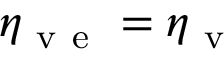
\eta _ { \mathrm { ~ v ~ e ~ } } = \eta _ { \mathrm { ~ v ~ } }